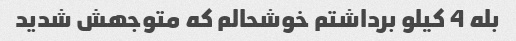
بله 4 کیلو برداشتم خوشحالم که متوجهش شدید